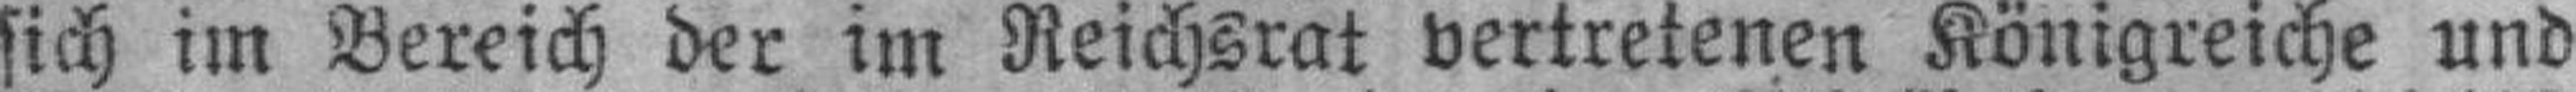
sich im Bereich der im Reichsrat vertretenen Königreiche und